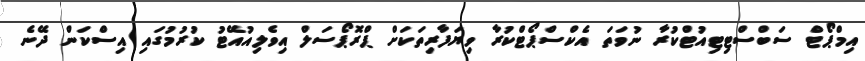
އިމްޕޯޓް ސަބްސްޓިޓިއުޓްކުރާ ނުވަތަ އެކްސްޕޯޓްކުރާ ވިޔަފާރިތަކަށް ޕްރޮޕޯސަލް އިވެލިއުއޭޓު ކުރުމުގައި އިސްކަން ދޭނެ